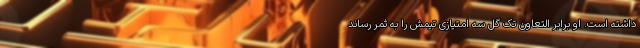
داشته است. او برابر التعاون تک گل سه امتیازی تیمش را به ثمر رساند